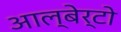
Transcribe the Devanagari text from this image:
आल्बेर्टो